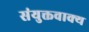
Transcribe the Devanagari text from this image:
संयुक्तवाक्य